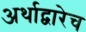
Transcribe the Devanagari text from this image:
अर्थाद्वारेच